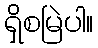
ရှိစမြဲပါ။